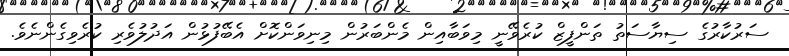
ސަރުކާރުގެ ސިޔާސަތު ތަންފީޒް ކުރެވޭނީ މިވަބާއިން މެންބަރުން މިނިވަންކޮށް އެބޭފުޅުން އަދުލުވެރި ކުރެވިގެންނެވެ.